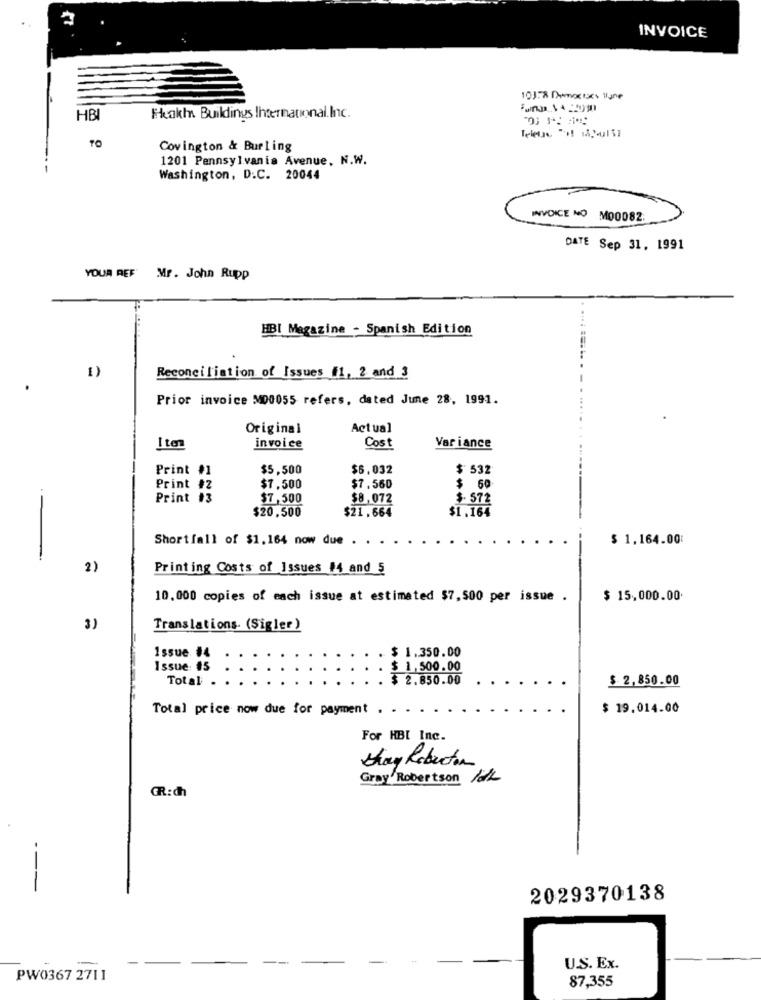
INVOICE
101:8 Dimecres llone
HBI
Heakis Buildings International Inc.
Covington & Burling
1201 Pennsylvania Avenue, N.W.
Washington, D.C. 20044
INVOICE NO MO0082.
DATE Sep 31, 1991
YOUR REF Mr. John Rupp
HBI Magazine - Spanish Edition
1)
Reconciliation of Issues i1, 2 and 3
Prior invoice M00055 refers, dated June 28, 1991.
Original
Actual
Itm
invoice
Cost
Var iance
Print #1
$5,500
$6,032
$ 532
Print #2
$7,500
$7.560
$ 60
Print #3
$7,500
$8,072
$- 572
$20,500
$21.664
$1.164
-
Shortfall of $1,164 now due .
$ 1,164.00:
2)
Printing Costs of Issues #4 and 5
10.000 copies of each issue at estimated $7,500 per issue .
$ 15,000.00.
3)
Translations. (Sigler)
$ 1.350.00
Issue #4
Issue: #5
$ 1,500.00
Total .
$ 2.850.00
$ 2,850.00
Total price now due for payment
$ 19.014.00
For HBI Inc.
Shay Roberton
Gray Robertson 11/2
GR:ch
2029370138
-
U.S. Ex.
PW0367 2711
87,355